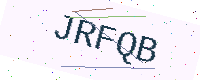
Text: JRFQB